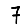
Digit: 7